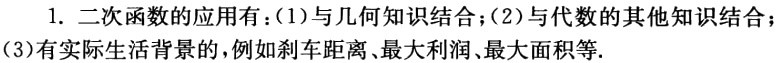
1. 二次函数的应用有：(1)与几何知识结合；(2)与代数的其他知识结合；(3)有实际生活背景的，例如刹车距离、最大利润、最大面积等.